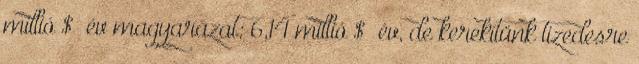
millió $ év magyarázat: 6,14 millió $ év, de kerekítünk tizedesre